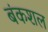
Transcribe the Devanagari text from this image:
बंकशल